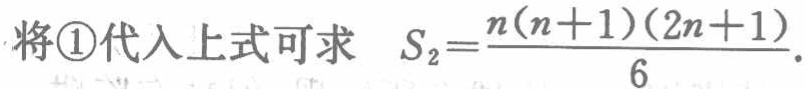
将\textcircled{1}代入上式可求 \(S_{2}=\frac{n(n + 1)(2n + 1)}{6}\).